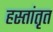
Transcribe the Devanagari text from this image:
हस्तांतृत